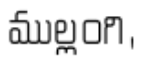
ముల్లంగి,